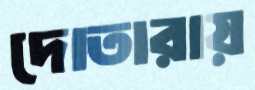
দোতারায়